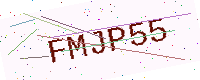
Text: FMJP55